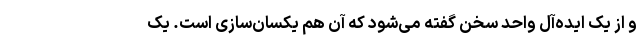
و از یک ایده‌آل واحد سخن گفته می‌شود که آن هم یکسان‌سازی‌ است. یک